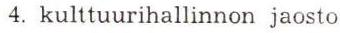
 4. kulttuurihallinnon jaosto